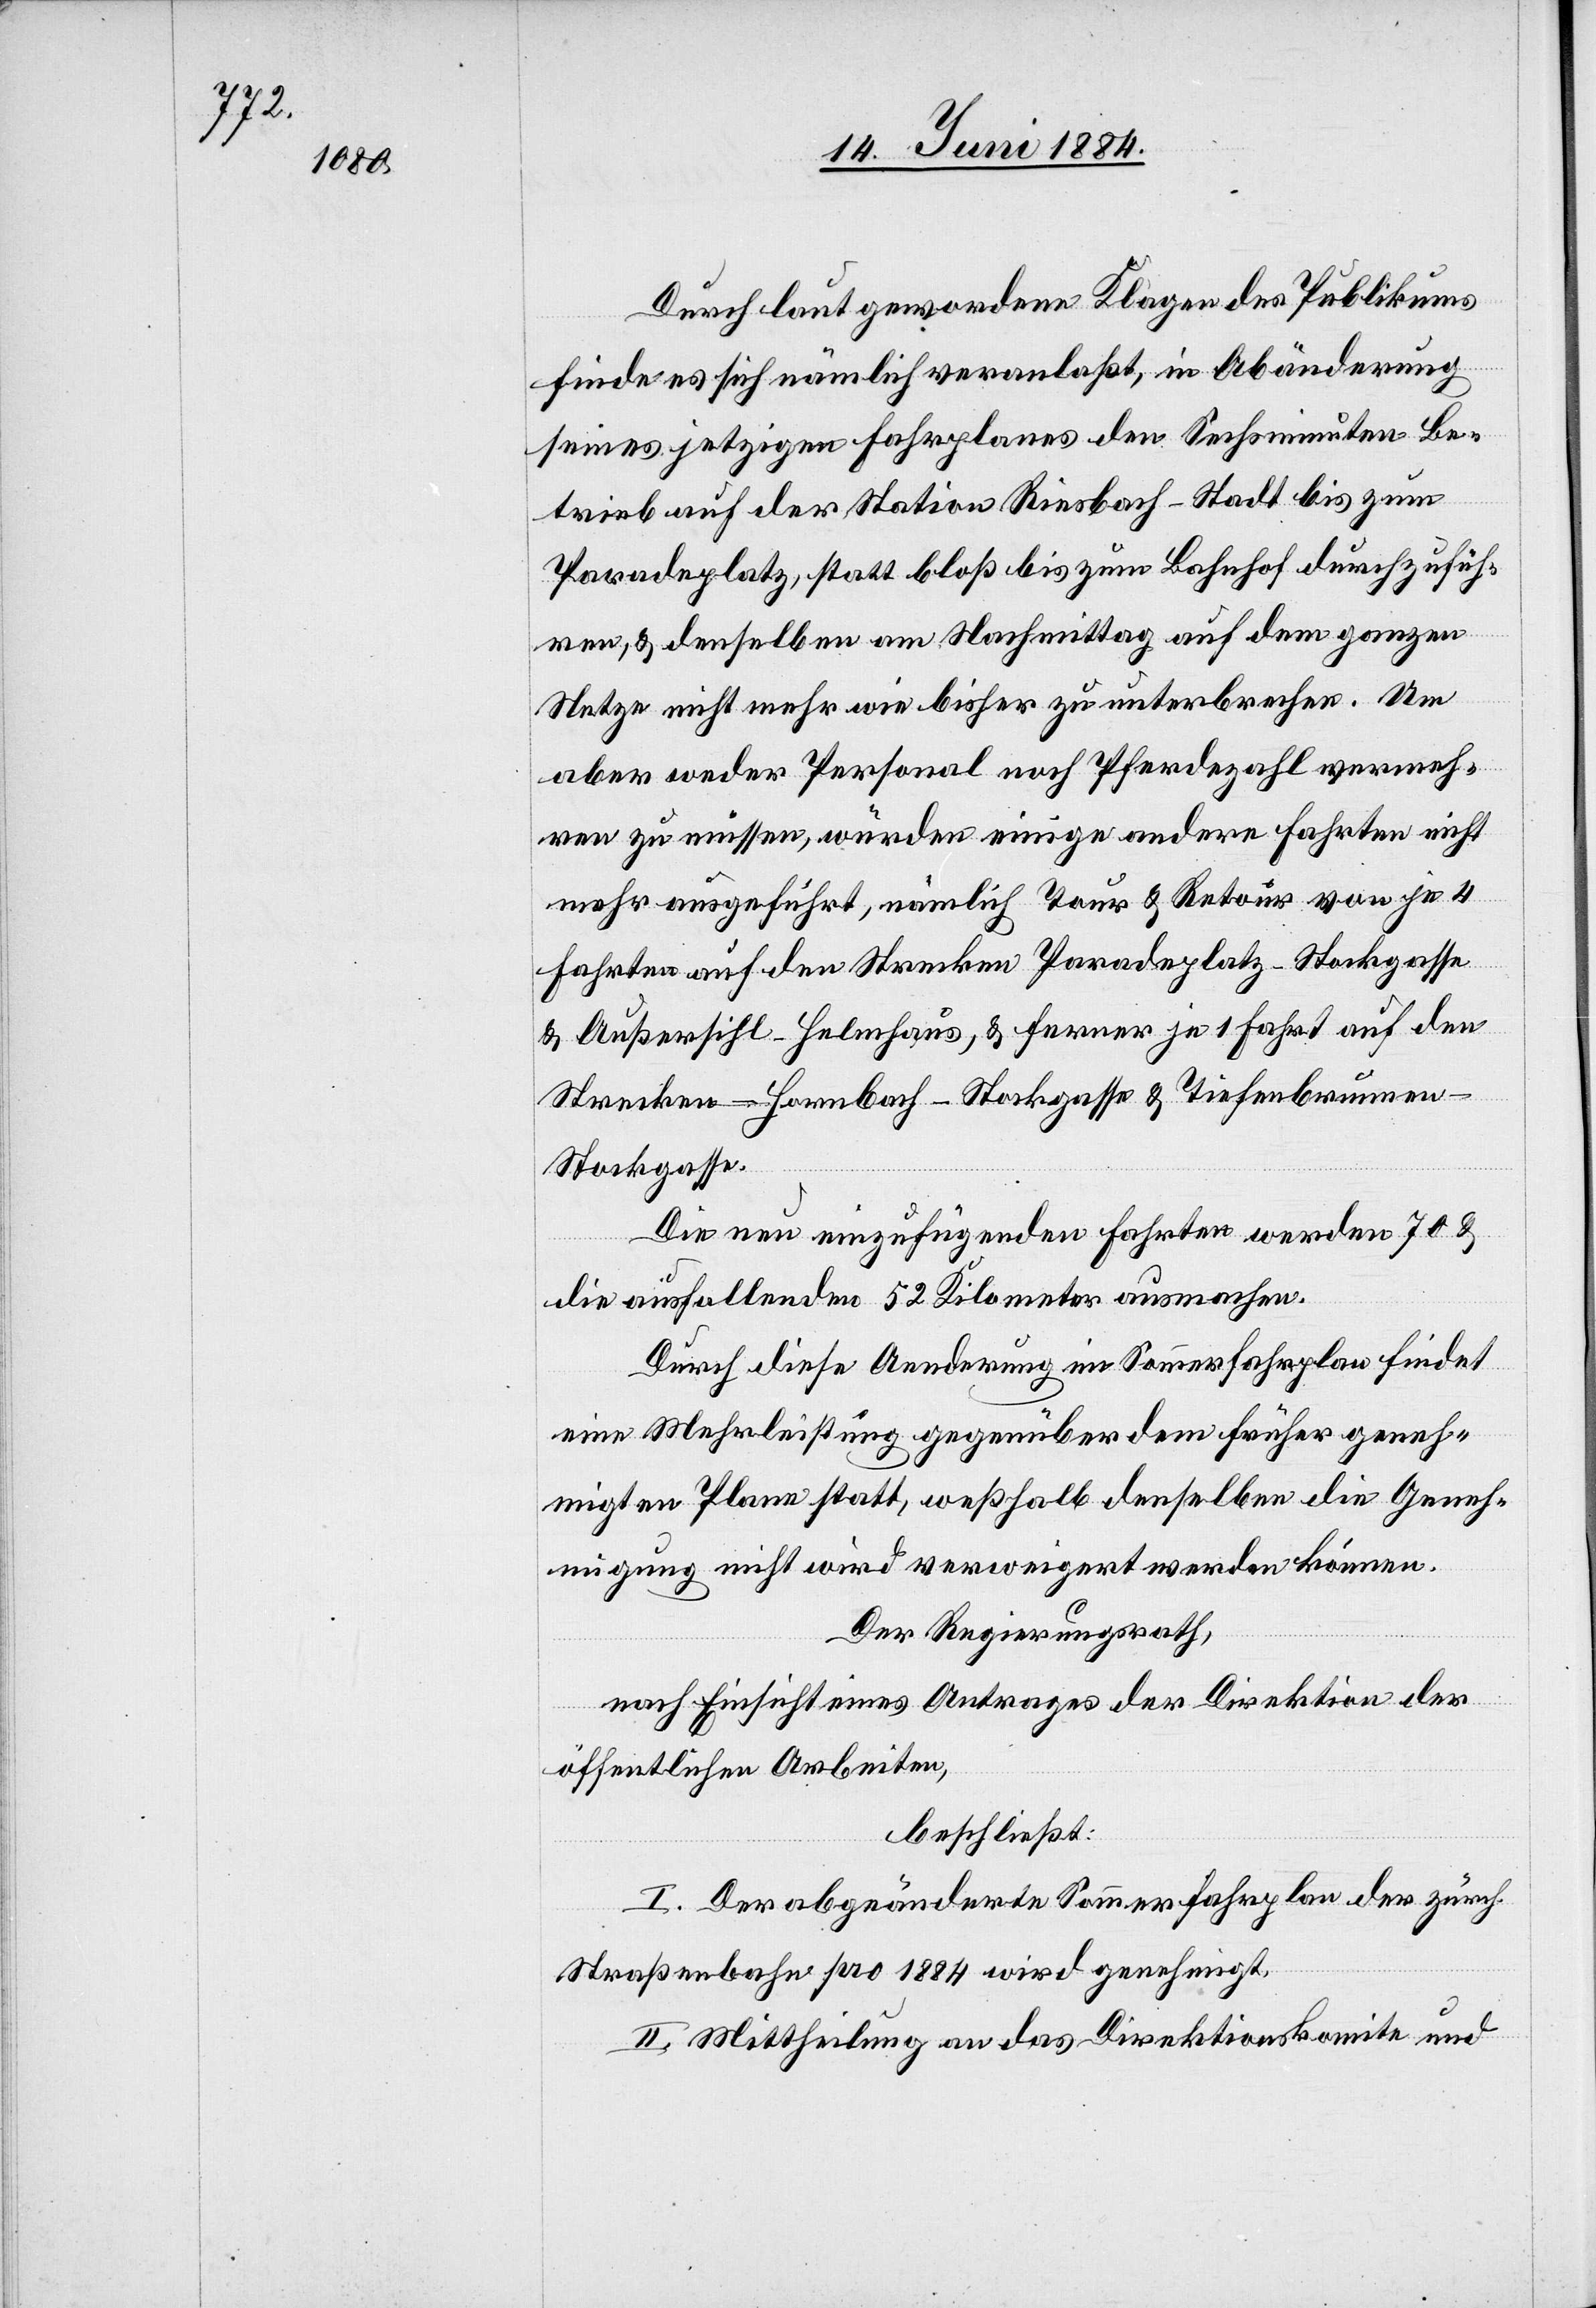
Durch laut gewordene Klagen des Publikums
finde es sich nämlich veranlaßt, in Abänderung
seines jetzigen Fahrplanes den Sechsminuten-Be¬
trieb auf der Station Riesbach–Stadt bis zum
Paradeplatz, statt bloß bis zum Bahnhof durchzufüh¬
ren, & denselben am Nachmittag auf dem ganzen
Netze nicht mehr wie bisher zu unterbrechen. Um
aber weder Personal noch Pferdezahl vermeh¬
ren zu müssen, würden einige andere Fahrten nicht
mehr ausgeführt, nämlich Tour & Retour von je 4
Fahrten auf den Strecken Paradeplatz–Stockgasse
& Außersihl–Helmhaus, & ferner je 1 Fahrt auf den
Strecken Hornbach–Stockgasse & Tiefenbrunnen–S¬
tockgasse.
Die neu einzufügenden Fahrten werden 70 &
die ausfallenden 52 Kilometer ausmachen.
Durch diese Aenderung im Sommerfahrplan findet
eine Mehrleistung gegenüber dem früher geneh¬
migten Plane statt, weßhalb denselben die Geneh¬
migung nicht wird verweigert werden können.
Der Regierungsrath,
nach Einsicht eines Antrages der Direktion der
öffentlichen Arbeiten,
beschließt:
I. Der abgeänderte Sommerfahrplan der zürch.
Straßenbahn pro 1884 wird genehmigt.
II. Mittheilung an das Direktionskomite und